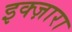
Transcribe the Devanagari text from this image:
इक्ज़ारा